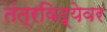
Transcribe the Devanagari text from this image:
तंत्रविद्येवर